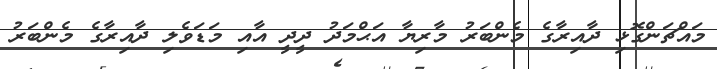
މައްޗަންގޮޅި ދާއިރާގެ މެންބަރު މާރިޔާ އަޙްމަދު ދީދީ އާއި މަޑަވެލި ދާއިރާގެ މެންބަރު